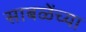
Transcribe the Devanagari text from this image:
साबळेंच्या